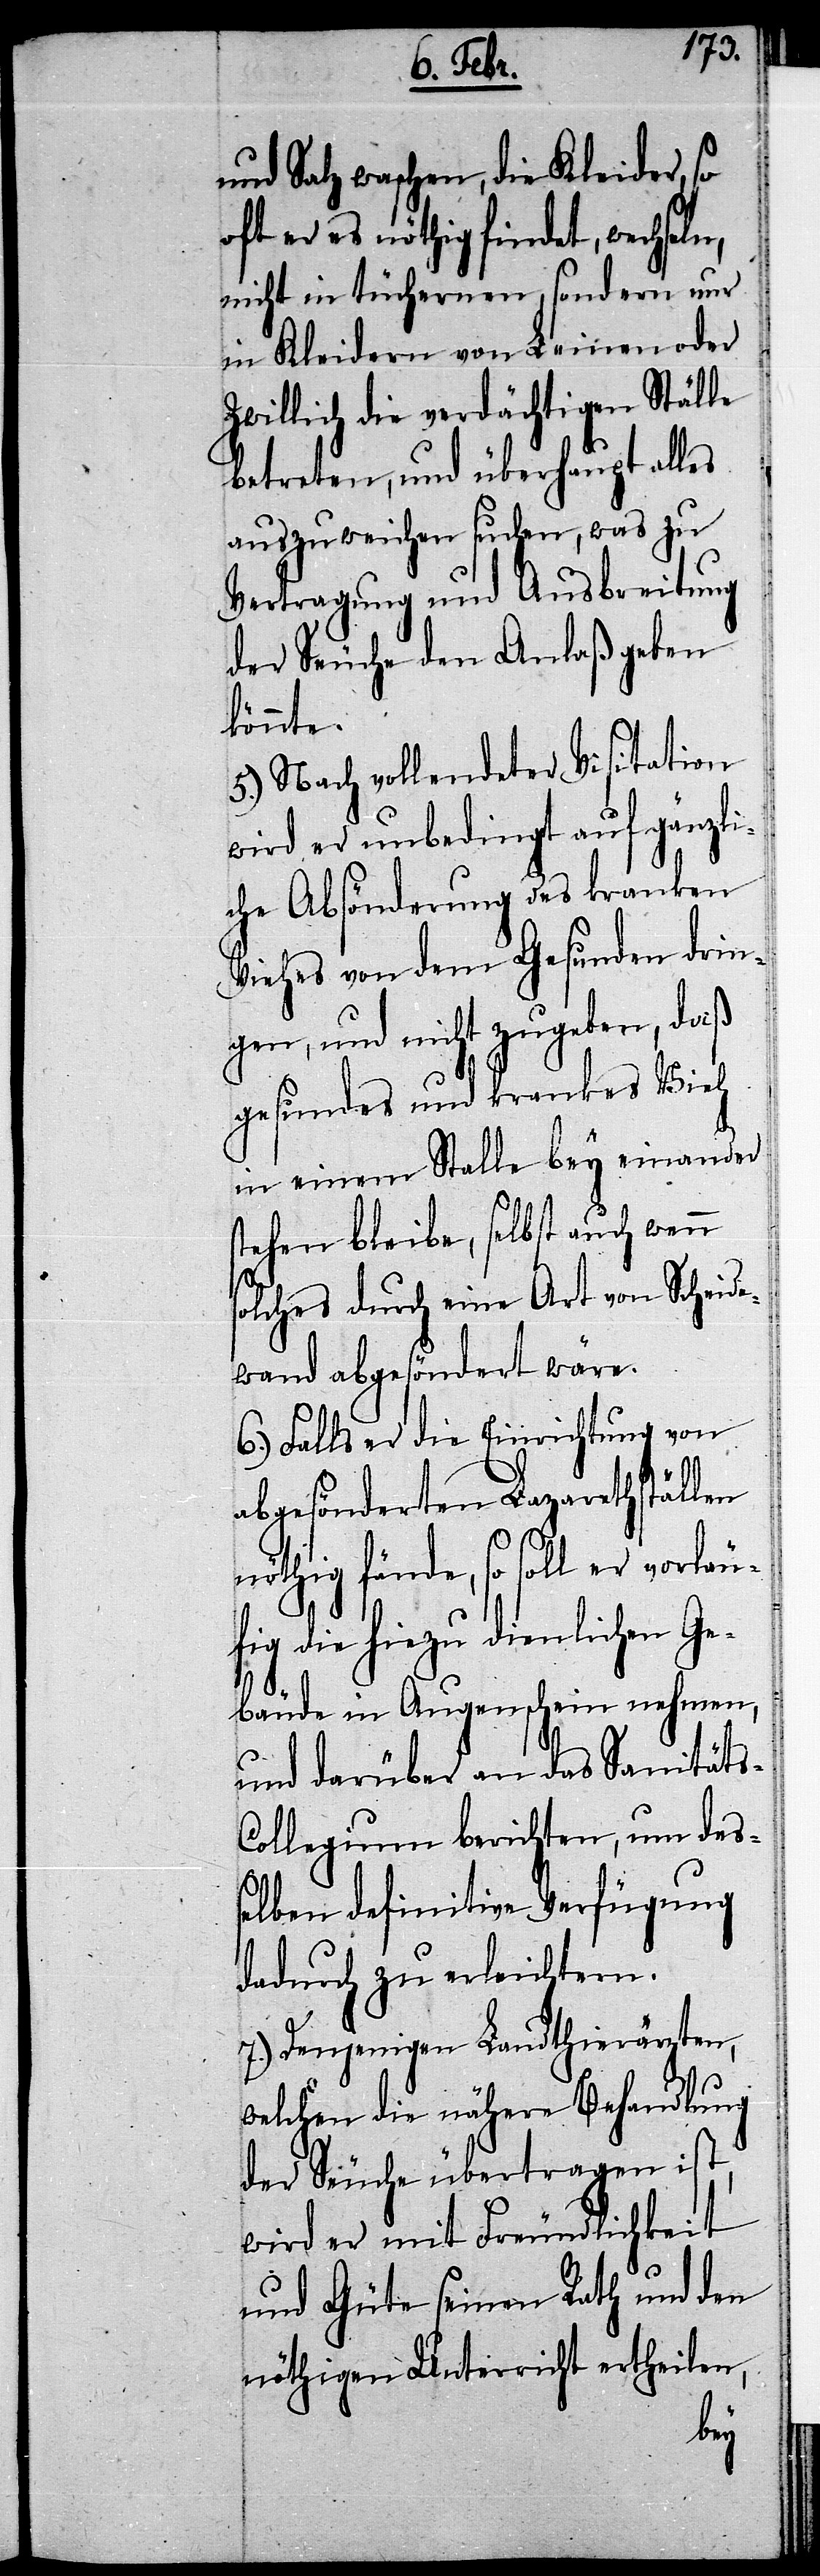
und Salz waschen, die Kleider, so
oft er es nöthig findet, wechseln,
nicht in tüchernen, sondern nur
in Kleidern von Leinen oder
Zwillich die verdächtigen Ställe
betreten, und überhaupt alles
auszuweichen suchen, was zu
Vertragung und Ausbreitung
der Seuche den Anlaß geben
könnte.
5.) Nach vollendeter Visitation
wird er unbedingt auf gänzli¬
che Absönderung des kranken
Viehes von dem Gesunden drin¬
gen, und nicht zugeben, daß
gesundes und krankes Vieh
in einem Stalle bey einander
stehen bleibe, selbst auch wenn
solches durch eine Art von Scheide¬
wand abgesöndert wäre.
6.) Falls er die Einrichtung von
abgesönderten Lazarethställen
nöthig fände, so soll er vorläu¬
fig die hiezu dienlichen Ge¬
bäude in Augenschein nehmen,
und darüber an das Sanität¬
ollegium berichten, um deß¬
elben definitive Verfügung
dadurch zu erleichtern.
7.) Denjenigen Landthierärzten,
welchen die nähere Behandlung
der Seuche übertragen ist,
wird er mit Freundlichkeit
und Güte seinen Rath und den
nöthigen Unterricht ertheilen,
s-C¬